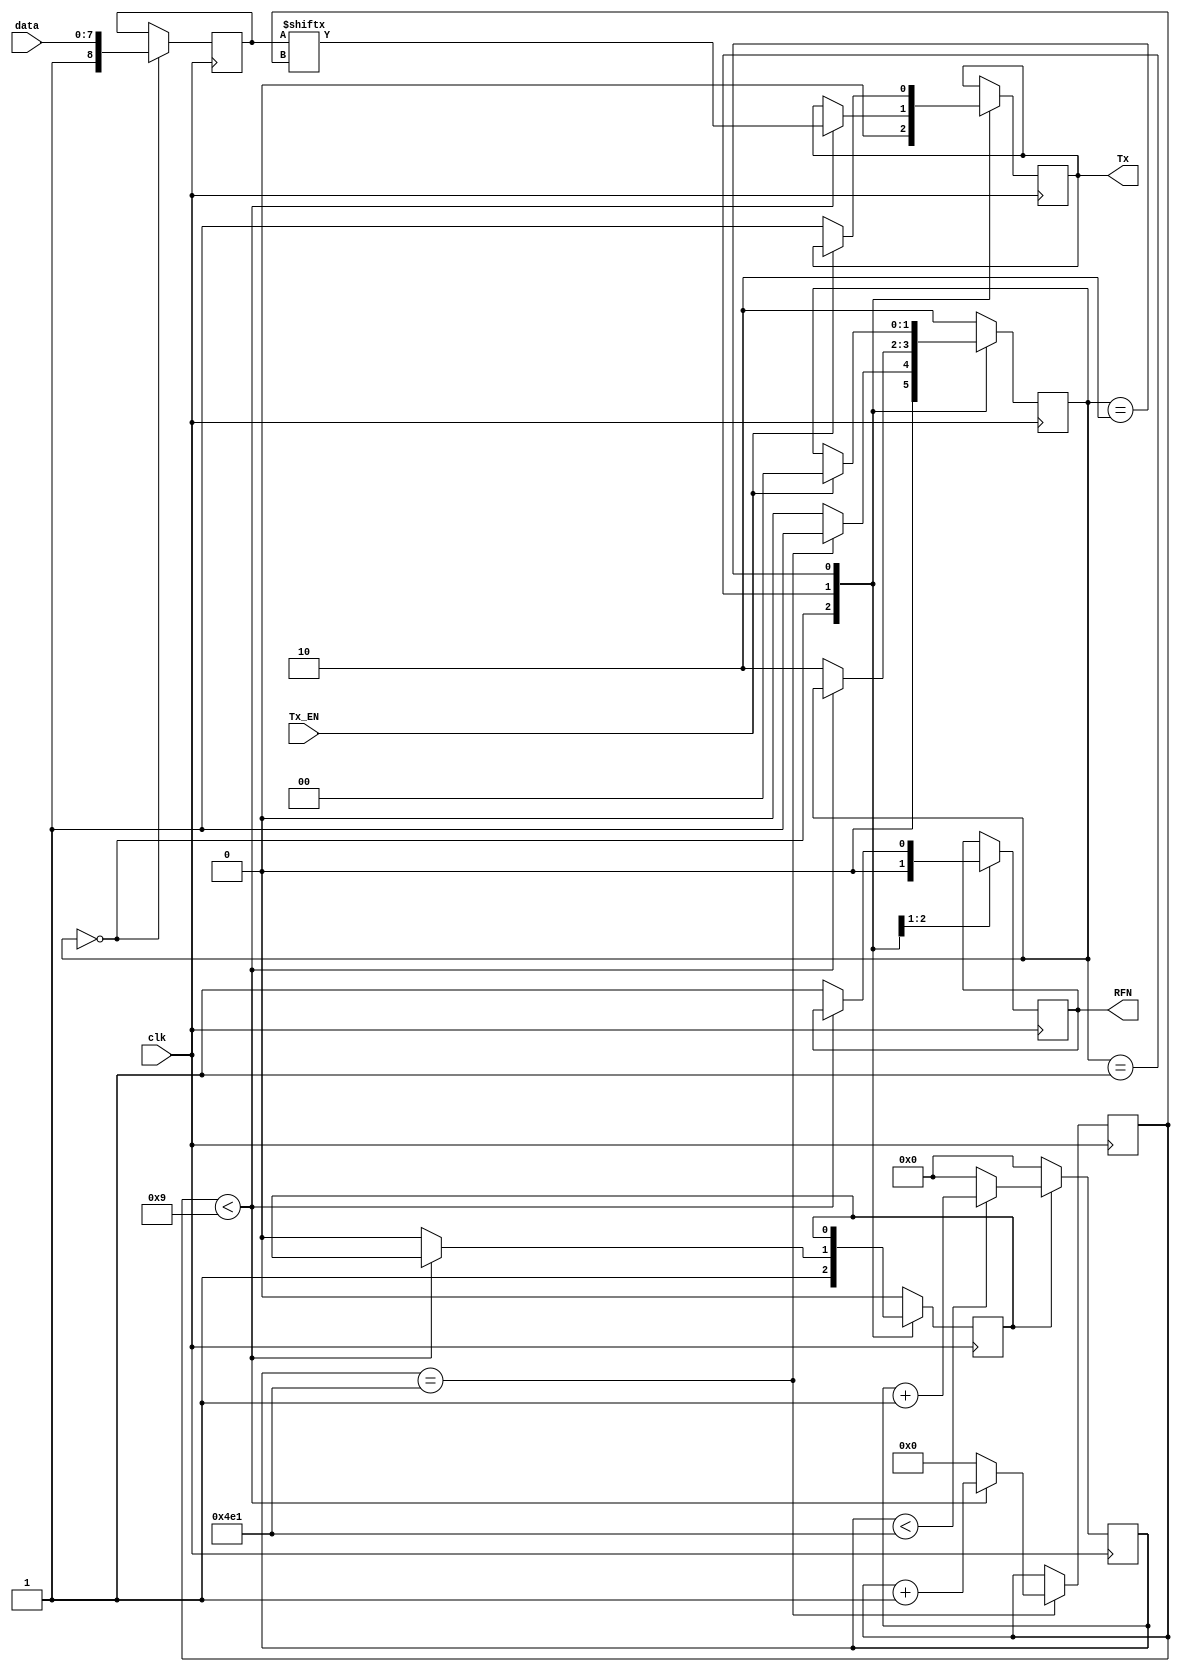

`timescale 1ns / 1ps

/************************************************************************/
//
//   BASIC UART transmitter for Lattice iCEstick dev board
//   
//   Serial Terminal Settings:
//		9600 baud
//		1 stop bit
//		No Parity
//		8 data bits
//
//	 Written by Dominic Meads 
//	 4/22/2020
//	 ver 1.0
//
/************************************************************************/

module UART_Tx 
	# (parameter CPB = 1250) // CPB = clocks per bit:  12 MHz / 9600 Baud = 1250
	(
	input clk,
	input [7:0] data,
	input Tx_EN,
	output Tx,
	output RFN        // RFN = ready for next (data)
	);
	
	// states
	localparam START = 0;
	localparam TRANSMIT = 1;
	localparam IDLE = 2;
	
	// state machine reg
	reg [1:0] STATE = IDLE;   // initialized state is IDLE
	
	// data reg with start and stop bits
	reg [8:0] temp = 9'b000000000;
	
	// output registers
	reg r_Tx = 1; 
	reg r_RFN = 1;
	
	// counting registers
	reg [10:0] counter = 0;
	reg [3:0] sample = 0;
	reg CE;
	
	// counters 
	always @ (posedge clk)
		begin 
			if (CE)
				begin 
					if (counter < CPB - 1)
						counter <= counter + 1;
					else 
						counter <= 0;
				end // if (CE)
			else 
				counter <= 0;  // if CE low, counter is reset to 0
		end // always
  
	always @ (posedge clk)
		begin 
			if (counter == CPB - 1)  
				begin 
					if (sample < 9)
						sample <= sample + 1;
					else
						sample <= 0;
				end // if (counter...
		end // always

		
	// state machine
	always @ (posedge clk)
		begin 
			case (STATE)
				
				START : 
					begin
						temp = {1'b1, data[7:0]}; // data plus stop bit
						CE <= 1;
						r_Tx <= 0;        // send start bit (low)
						r_RFN <= 0;       // dont load new data
						if (counter == CPB - 1)
							STATE <= TRANSMIT;
						else 
							STATE <= START; 
					end // START
					
				TRANSMIT :
					begin 
						if (sample < 9)
							r_Tx <= temp[sample];
						else 
							begin 
								r_RFN <= 1; // ready for new data
								STATE <= IDLE;
								CE <= 0;
							end // else 
					end // TRANSMIT
					
				IDLE :
					begin
						if (Tx_EN)
							STATE <= START;
						else 
							r_Tx <= 1;
					end // IDLE
					
				default :
				    begin 
				        CE <= 0;
				        STATE <= IDLE;
				    end // default
				
			endcase 
		end // always 
		
	assign Tx = r_Tx;
	assign RFN = r_RFN;
	
endmodule